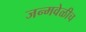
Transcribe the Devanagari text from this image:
जन्मवेळीच